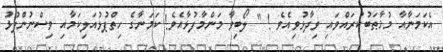
އެކަމަނާއާ މުޚާޠަބުކުރައްވައި ވިދާޅުވިއެވެ ! " ލޯބިވާ މަންމާފުޅާއެވެ! ކަމަނާގެ ހިތްޕުޅުއަލިކަމާއި ވިސްނުންފުޅު